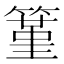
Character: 䈽